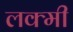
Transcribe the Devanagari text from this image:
लक्मी